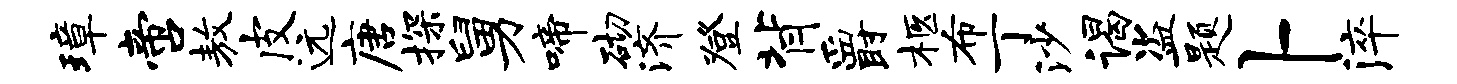
璋啻敖皮远唐探舅啼砌济登背爵柩布丁沙谒盗题卜淬